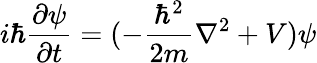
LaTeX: i\hbar\frac{\partial\psi}{\partial t}=(-\frac{\hbar^{2}}{2m}\nabla^{2}+V)\psi